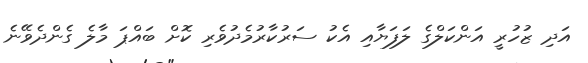
އަދި ޒުހުރީ އަންކަލްގެ ލަފަޔާއި އެކު ސަރުކާރުމެދުވެރި ކޮށް ބައްޕަ މާލެ ގެންދެވޭނެ